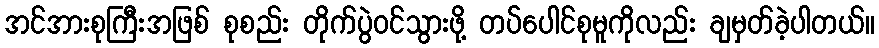
အင်အားစုကြီးအဖြစ် စုစည်း တိုက်ပွဲဝင်သွားဖို့ တပ်ပေါင်စုမူကိုလည်း ချမှတ်ခဲ့ပါတယ်။